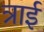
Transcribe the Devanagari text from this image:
त्राई